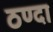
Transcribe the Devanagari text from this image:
ठण्दा